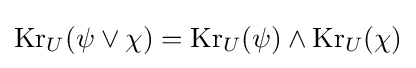
\operatorname {Kr} _{U}(\psi \lor \chi )=\operatorname {Kr} _{U}(\psi )\land \operatorname {Kr} _{U}(\chi )